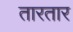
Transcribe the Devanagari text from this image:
तारतार